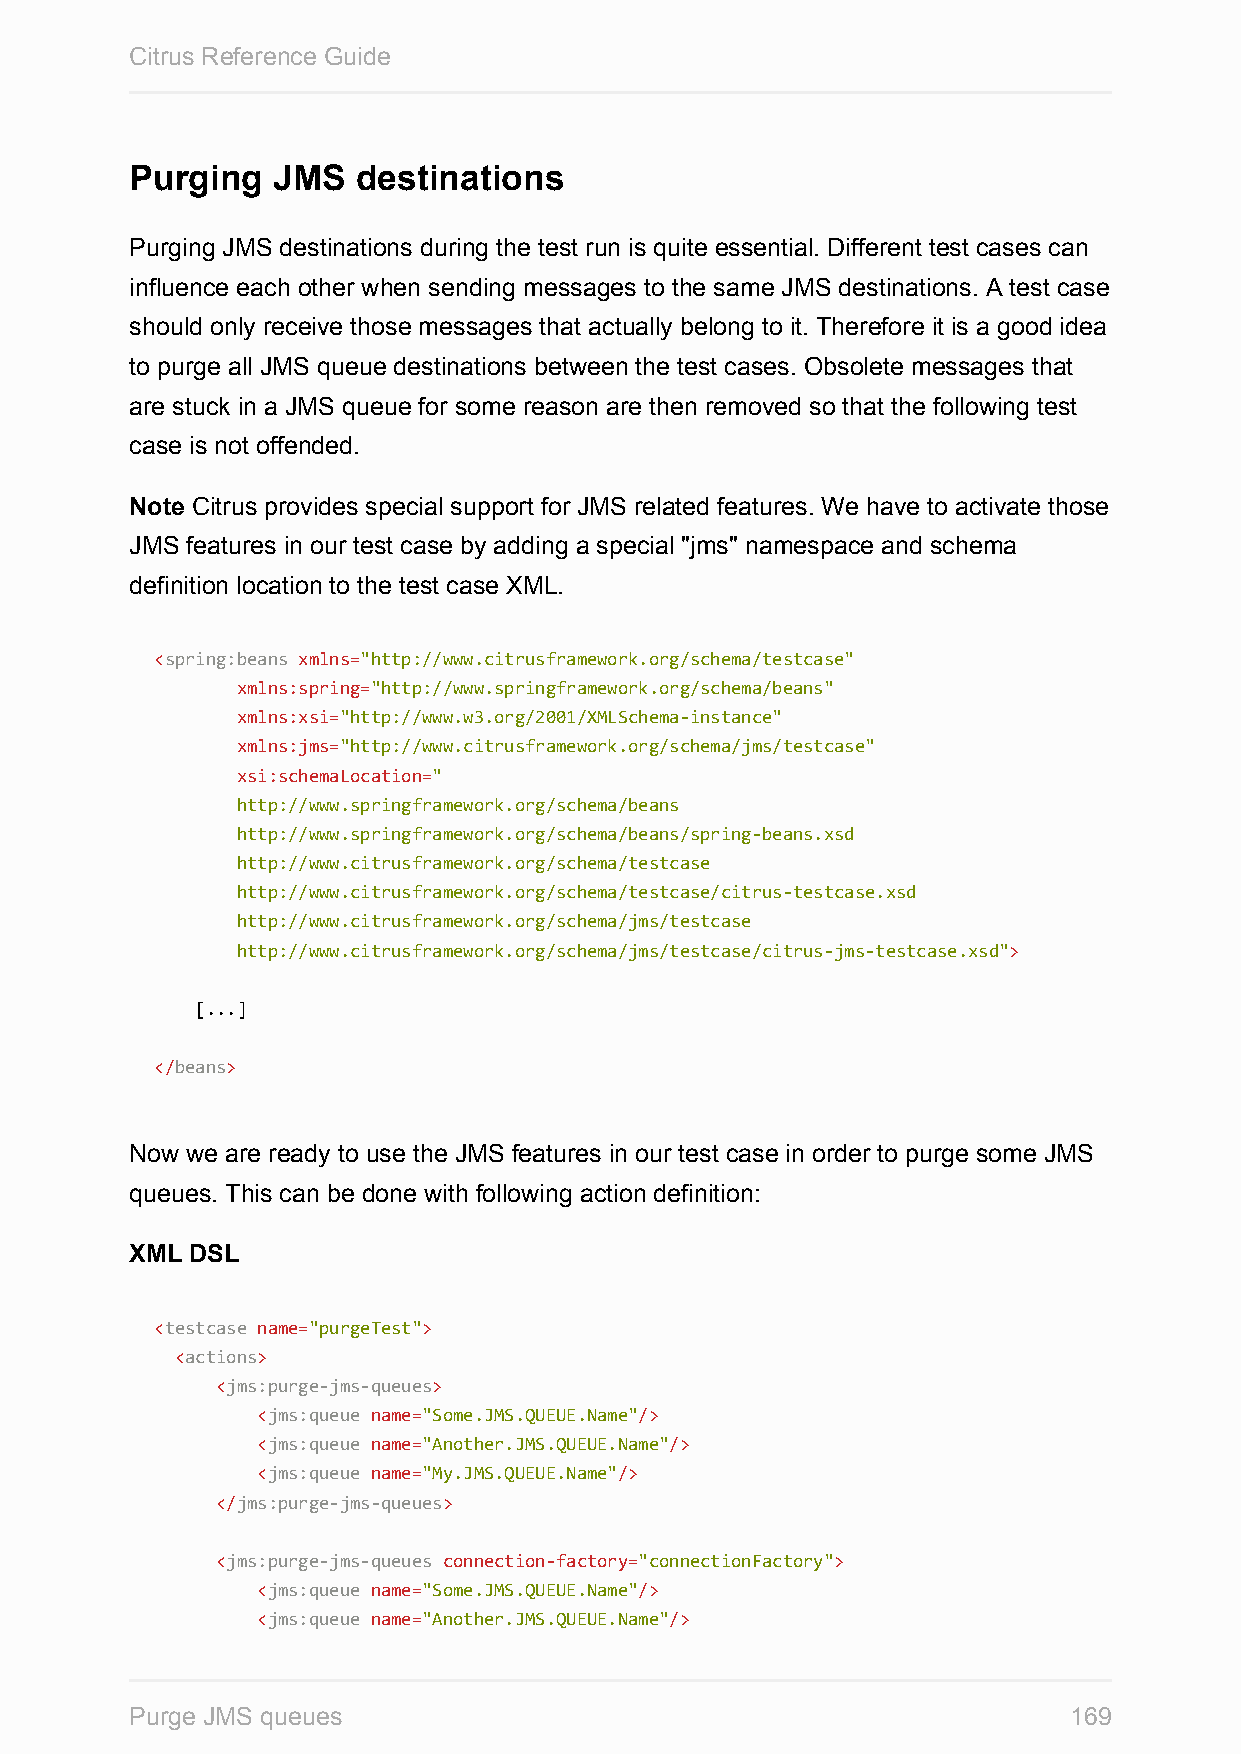
Citrus Reference Guide
 Purging  JMS   destinations
 Purging JMS destinations during the test run is quite essential. Different test cases can
 influence each other when sending messages to the same JMS destinations. A test case
 should only receive those messages that actually belong to it. Therefore it is a good idea
 to purge all JMS queue destinations between the test cases. Obsolete messages that
 are stuck in a JMS queue for some reason are then removed so that the following test
 case is not offended.
 Note Citrus provides special support for JMS related features. We have to activate those
 JMS features in our test case by adding a special "jms" namespace and schema
 definition location to the test case XML.
 <spring:beans xmlns="http://www.citrusframework.org/schema/testcase"
 xmlns:spring="http://www.springframework.org/schema/beans"
 xmlns:xsi="http://www.w3.org/2001/XMLSchema-instance"
 xmlns:jms="http://www.citrusframework.org/schema/jms/testcase"
 xsi:schemaLocation="
 http://www.springframework.org/schema/beans
 http://www.springframework.org/schema/beans/spring-beans.xsd
 http://www.citrusframework.org/schema/testcase
 http://www.citrusframework.org/schema/testcase/citrus-testcase.xsd
 http://www.citrusframework.org/schema/jms/testcase
 http://www.citrusframework.org/schema/jms/testcase/citrus-jms-testcase.xsd">
 [...]
 </beans>
 Now we are ready to use the JMS features in our test case in order to purge some JMS
 queues. This can be done with following action definition:
 XML DSL
 <testcase name="purgeTest">
 <actions>
 <jms:purge-jms-queues>
 <jms:queue name="Some.JMS.QUEUE.Name"/>
 <jms:queue name="Another.JMS.QUEUE.Name"/>
 <jms:queue name="My.JMS.QUEUE.Name"/>
 </jms:purge-jms-queues>
 <jms:purge-jms-queues connection-factory="connectionFactory">
 <jms:queue name="Some.JMS.QUEUE.Name"/>
 <jms:queue name="Another.JMS.QUEUE.Name"/>
 Purge JMS queues                                              169